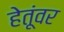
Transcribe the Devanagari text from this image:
हेतूंवर